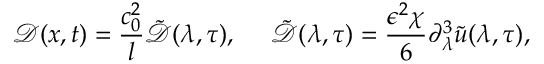
\mathcal { D } ( x , t ) = \frac { c _ { 0 } ^ { 2 } } { l } \tilde { \mathcal { D } } ( \lambda , \tau ) , ~ ~ ~ ~ \tilde { \mathcal { D } } ( \lambda , \tau ) = \frac { \epsilon ^ { 2 } \chi } { 6 } \partial _ { \lambda } ^ { 3 } \tilde { u } ( \lambda , \tau ) ,